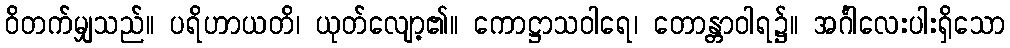
ဝိတက်မျှသည်။ ပရိဟာယတိ၊ ယုတ်လျော့၏။ ကောဋ္ဌာသဝါရေ၊ တောန္တာဝါရ၌။ အင်္ဂါလေးပါးရှိသော